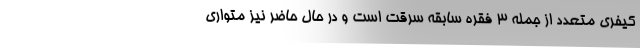
کیفری متعدد از جمله ۳ فقره سابقه سرقت است و در حال حاضر نیز متواری